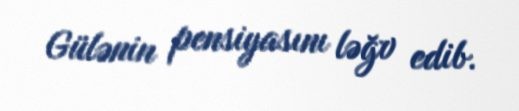
Gülənin pensiyasını ləğv edib.